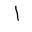
Letter: _alif